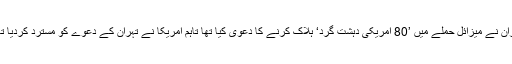
ایران نے میزائل حملے میں ’80 امریکی دہشت گرد‘ ہلاک کرنے کا دعویٰ کیا تھا تاہم امریکا نے تہران کے دعوے کو مسترد کردیا تھا۔